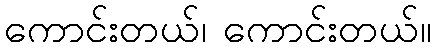
ကောင်းတယ်၊ ကောင်းတယ်။